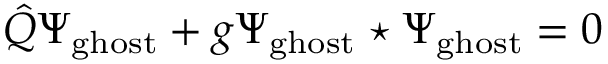
\hat { Q } \Psi _ { \mathrm { g h o s t } } + g \Psi _ { \mathrm { g h o s t } } \star \Psi _ { \mathrm { g h o s t } } = 0